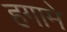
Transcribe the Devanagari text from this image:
हगामे